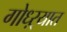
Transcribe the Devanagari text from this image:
गोध्ऱ्यात